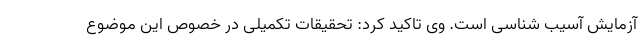
آزمایش آسیب شناسی است. وی تاکید کرد: تحقیقات تکمیلی در خصوص این موضوع